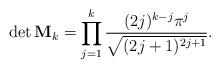
LaTeX: \begin{align*}\det\mathbf M_k=\prod_{j=1}^k\frac{(2j)^{k-j}\pi^j}{\sqrt{(2j+1)^{2j+1}}}.\end{align*}